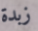
زبدة